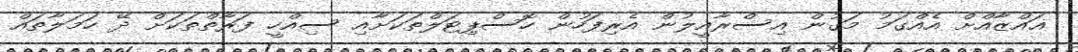
ޣައްޒާއްށް އެއްގަމު މަގުން އިސްރާއީލުން އެރިފަހުން ހޮސްޕިޓަލްތަކަށާއި ސިއްހީ ފަރާތްތަކަށް ދޭ ހަމަލާތައް